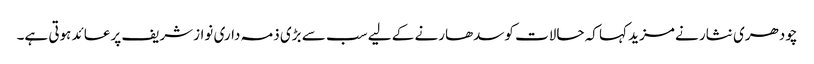
چودھری نثار نے مزید کہا کہ حالات کوسدھارنے کے لیے سب سے بڑی ذمہ داری نوازشریف پرعائد ہوتی ہے۔